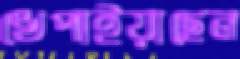
খেপাইয়াছেন